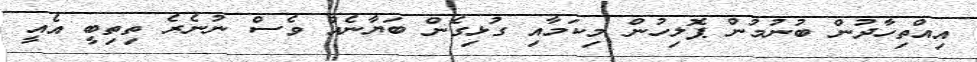
އިއްތިހާދުން ބުނުމުން ޕޮލިހުން މިކަމާއި ގުޅިގެން ބަޔާނެއް ވެސް ނުނެރެ ތިތިބީ އެއީ